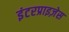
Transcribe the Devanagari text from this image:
इंटरप्राइज़ेस